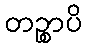
တဉ္စာပိ